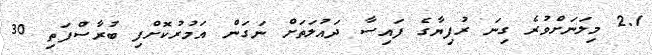
2.1 މިލަނަށްވުރެ ގިނަ ރުފިޔާގެ ފައިސާ ދައުލަތަށް ނަގަން އަމުރުކޮށްފި ބުރާސްފަތި 30